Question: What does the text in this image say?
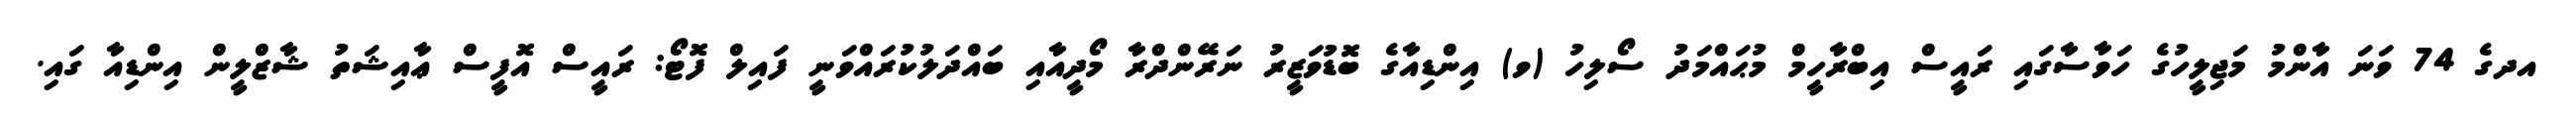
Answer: އދގެ 74 ވަނަ އާންމު މަޖިލީހުގެ ހަވާސާގައި ރައީސް އިބްރާހީމް މުޙައްމަދު ސޯލިހު (ވ) އިންޑިއާގެ ބޮޑުވަޒީރު ނަރޭންދްރާ މޯދީއާއި ބައްދަލުކުރައްވަނީ ފައިލް ފޮޓޯ: ރައީސް އޮފީސް ޢާއިޝަތު ޝާޒްލީން އިންޑިއާ ގައި.